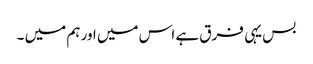
بس یہی فرق ہے اس میں اور ہم میں ۔